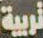
تربية